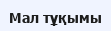
Мал тұқымы